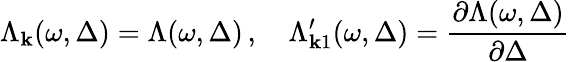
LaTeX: \Lambda_{\mathbf{k}}(\omega,\Delta)=\Lambda(\omega,\Delta)\, ,\quad\Lambda_{\mathbf{k}1}^{\prime}(\omega,\Delta)=\frac{{\partial\Lambda(\omega,\Delta)}}{{\partial\Delta}}